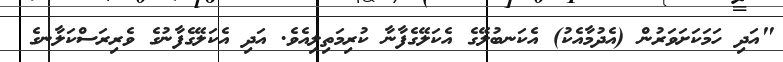
"އަދި ހަމަކަށަވަރުން (އެދުމާއެކު) އެކަނބުލޭގެ އެކަލޭގެފާނާ ކުރިމަތިލިއެވެ. އަދި އެކަލޭގެފާނުގެ ވެރިރަސްކަލާނގެ